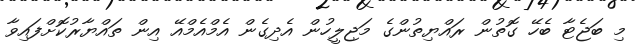
މި ބަޖެޓާ ބެހޭ ގޮތުން ރައްޔިތުންގެ މަޖިލީހުން އެދިގެން އެމްއެމްއޭ އިން ތައްޔާރުކޮށްފައިވާ